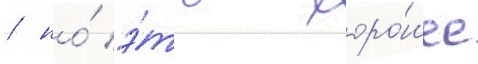
/ но́ э́то хоро́шее